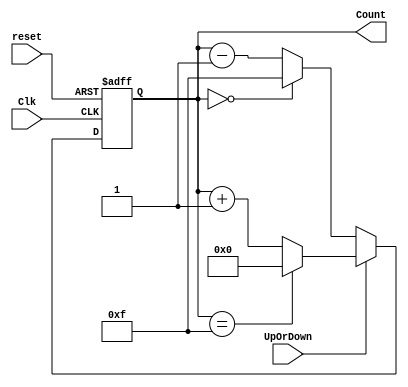
module upordown_counter(
    Clk,
    reset,
    UpOrDown,  //high for UP counter and low for Down counter
    Count
    );

    
    //input ports and their sizes
    input Clk,reset,UpOrDown;
    //output ports and their size
    output [3 : 0] Count;
    //Internal variables
    reg [3 : 0] Count = 0;  
    
     always @(posedge(Clk) or posedge(reset))
     begin
        if(reset == 1) 
            Count <= 0;
        else    
            if(UpOrDown == 1)   //Up mode selected
                if(Count == 15)
                    Count <= 0;
                else
                    Count <= Count + 1; //Incremend Counter
            else  //Down mode selected
                if(Count == 0)
                    Count <= 15;
                else
                    Count <= Count - 1; //Decrement counter
     end    
    
endmodule


module tb_counter;

    // Inputs
    reg Clk;
    reg reset;
    reg UpOrDown;

    // Outputs
    wire [3:0] Count;

    
    upordown_counter uut (
        .Clk(Clk), 
        .reset(reset), 
        .UpOrDown(UpOrDown), 
        .Count(Count)
    );

//Generate clock with 10 ns clk period.
    initial Clk = 0;
    always #5 Clk = ~Clk;
    
    initial begin
        
        reset = 0;
        UpOrDown = 0;
        #300;
        UpOrDown = 1;
      #300;
        reset = 1;
        UpOrDown = 0;
        #100;
        reset = 0; 
    end
  
  initial begin
    $dumpfile("updown.vcd");
  $dumpvars;
  #100 $finish;
  end
      
endmodule